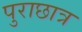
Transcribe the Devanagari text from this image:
पुराछात्र